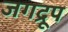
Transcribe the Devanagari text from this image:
जगद्रूप